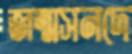
জন্মসনদে